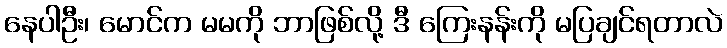
နေပါဦး၊ မောင်က မမကို ဘာဖြစ်လို့ ဒီ ကြေးနန်းကို မပြချင်ရတာလဲ